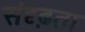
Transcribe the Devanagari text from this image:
संदृढ़ता